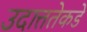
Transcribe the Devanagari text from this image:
उदात्ततेकडे